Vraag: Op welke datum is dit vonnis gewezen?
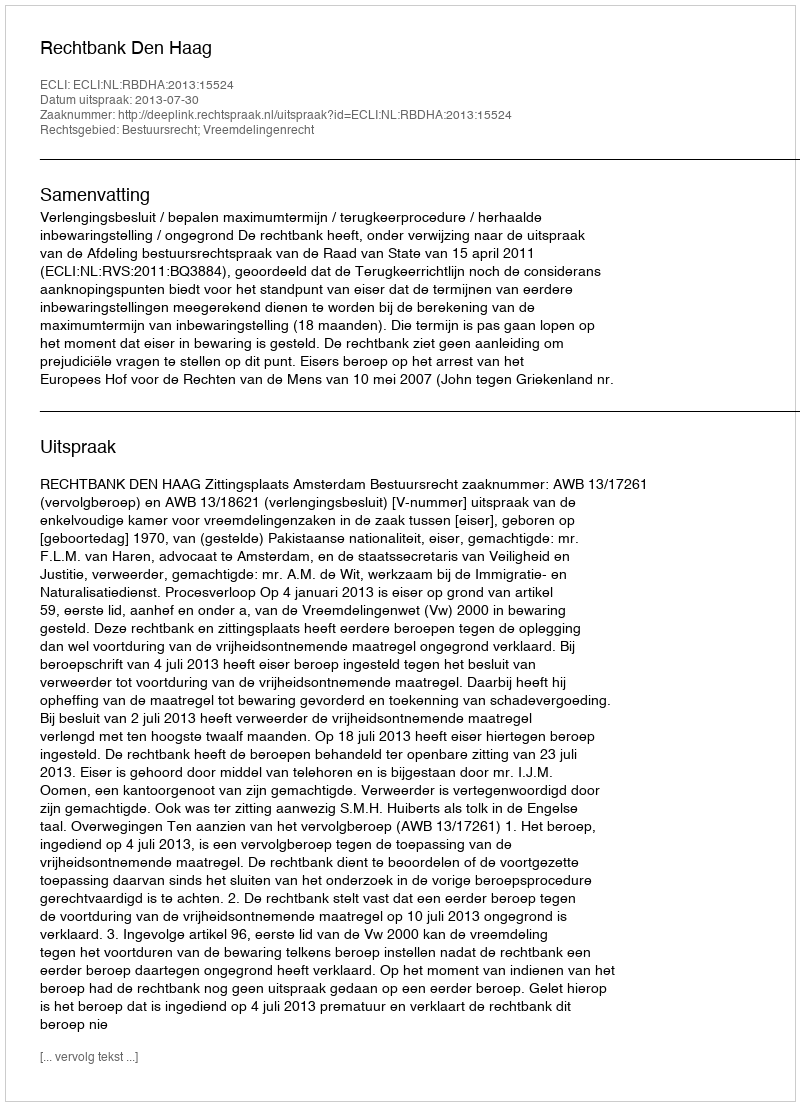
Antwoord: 2013-07-30